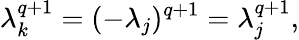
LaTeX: \lambda_{k}^{q+1}=(-\lambda_{j})^{q+1}=\lambda_{j}^{q+1},